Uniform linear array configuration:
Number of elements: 48
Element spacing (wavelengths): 0.5
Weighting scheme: hann
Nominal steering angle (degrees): -30
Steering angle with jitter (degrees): -28.823
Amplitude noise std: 0.05
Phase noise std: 0.05

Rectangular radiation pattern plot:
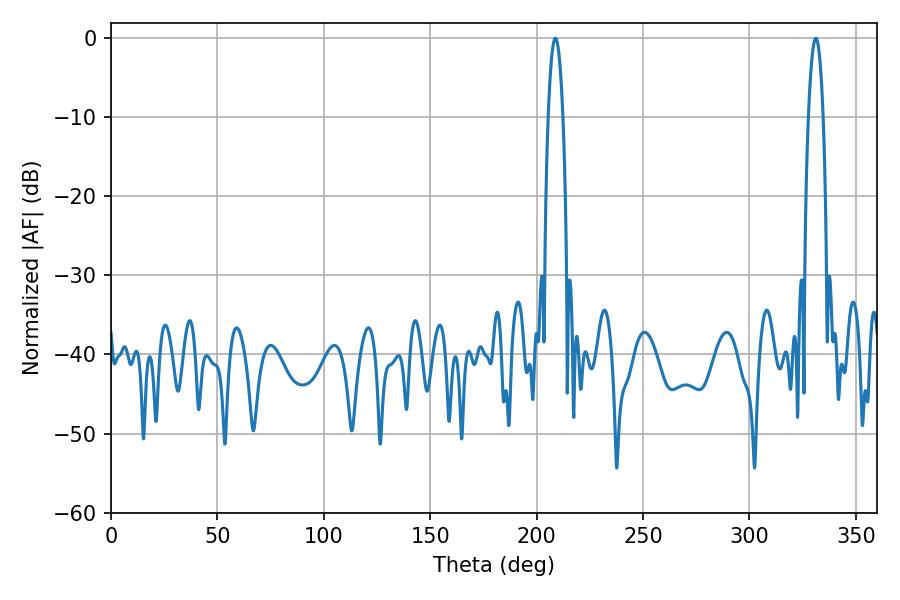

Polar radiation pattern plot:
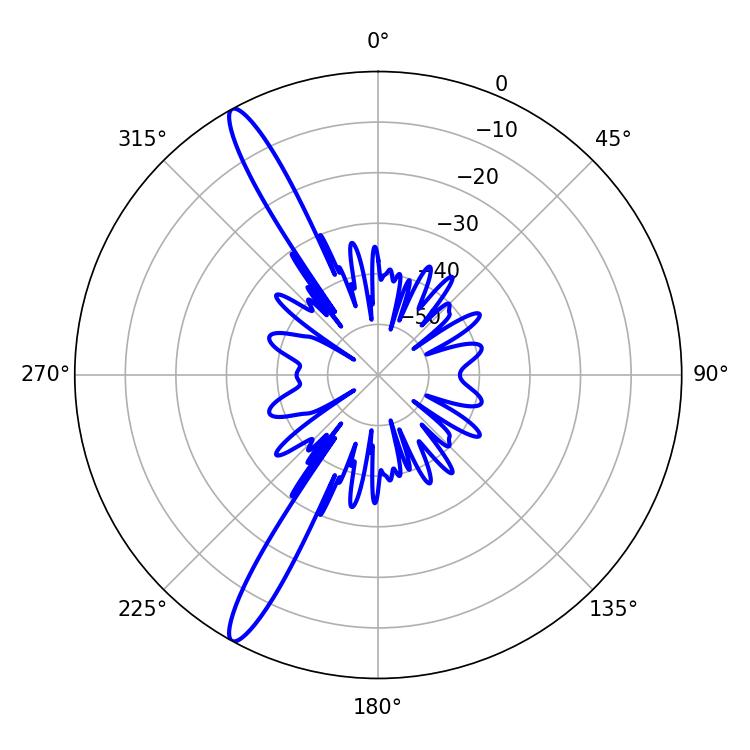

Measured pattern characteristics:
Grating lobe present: FALSE
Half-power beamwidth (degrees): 3.78
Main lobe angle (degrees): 208.8